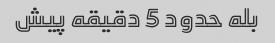
بله حدود 5 دقیقه پیش